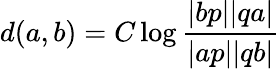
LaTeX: d(a,b)=C\log{\frac{|bp||qa|}{|ap||qb|}}